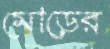
মোড়ের